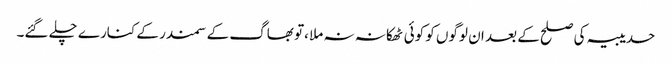
حدیبیہ کی صلح کے بعد ان لوگوں کو کوئی ٹھکانہ نہ ملا ،تو بھاگ کے سمندر کے کنارے چلے گئے۔